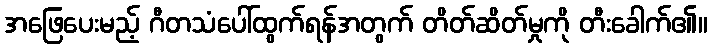
အဖြေပေးမည့် ဂီတသံပေါ်ထွက်ရန်အတွက် တိတ်ဆိတ်မှုကို တီးခေါက်၏။